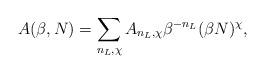
LaTeX: \begin{align*}A(\beta, N) = \sum_{n_L, \chi} A_{n_L, \chi} \beta^{-n_L}(\beta N)^{\chi},\end{align*}